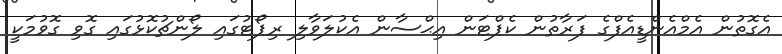
އެގޮތުން އެމްއެންޑީއެފްގެ ފަރާތުން ކެޕްޓަން އިޙްސާން އެކުލަވާލި ރިޕޯޓުގައި ލޯންޗުކޮޅުގައި ގޮވި ގޮވުމަކީ